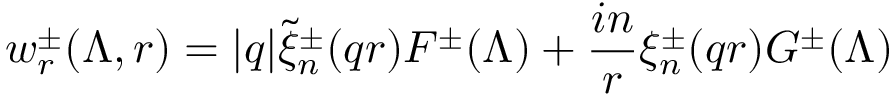
w _ { r } ^ { \pm } ( \Lambda , r ) = | q | \widetilde { \xi } _ { n } ^ { \pm } ( q r ) F ^ { \pm } ( \Lambda ) + \frac { i n } { r } \xi _ { n } ^ { \pm } ( q r ) G ^ { \pm } ( \Lambda )